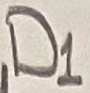
Text: D1